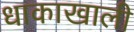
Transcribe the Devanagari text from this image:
धाकाखाली